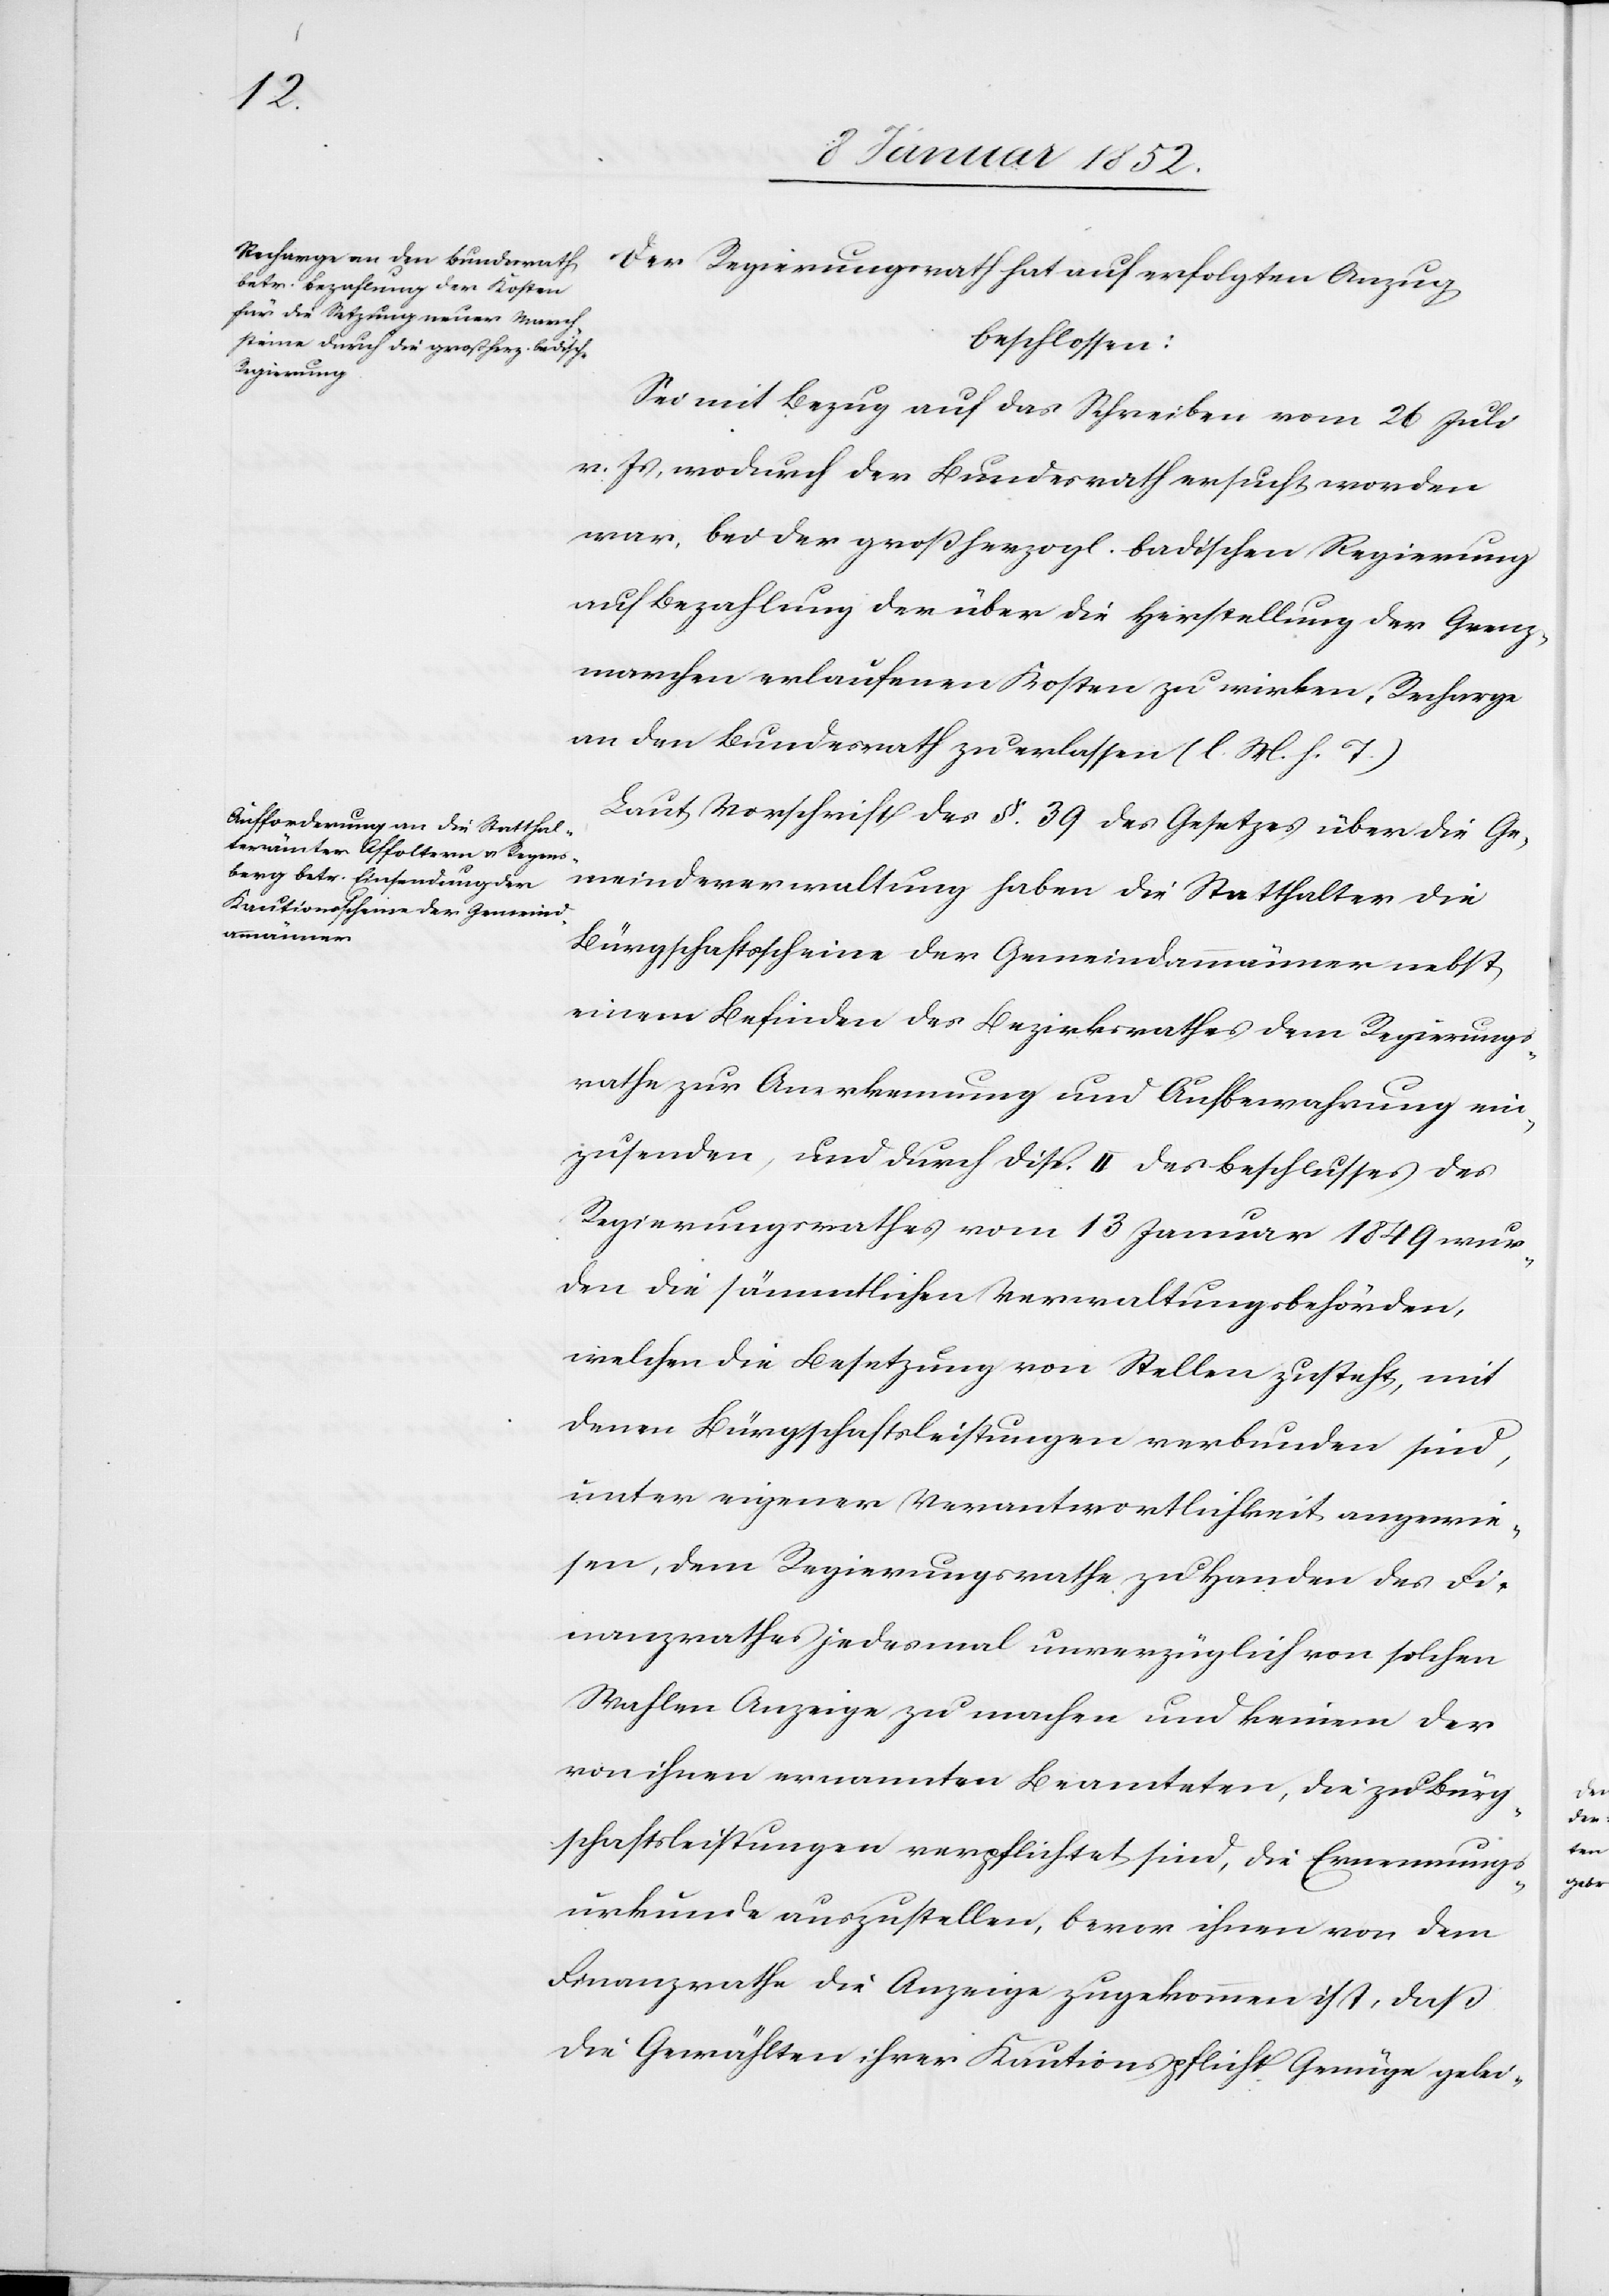
Der Regierungsrath hat auf erfolgten Anzug
beschlossen:
Sei mit Bezug auf das Schreiben vom 26 Juli
v. J, wodurch der Bundesrath ersucht worden
war, bei der großherzogl. badischen Regierung
auf Bezahlung der über die Herstellung der Grenz¬
marchen erlaufenen Kosten zu wirken, Recharge
an den Bundesrath erlassen (l. M. h. T.).
Laut Vorschrift des §. 39 des Gesetzes über die Ge¬
meindeverwaltung haben die Statthalter die
Bürgschaftsscheine der Gemeindammänner nebst
einem Befinden des Bezirksrathes dem Regierungs¬
rathe zur Anerkennung und Aufbewahrung ein¬
zusenden, und durch Disp. II des Beschlusses des
Regierungsrathes vom 13 Januar 1849 wur¬
den die sämmtlichen Verwaltungsbehörden,
die Bürgschaftsleistungen verbunden sind,
unter eigener Verantwortlichkeit angewie¬
sen, dem Regierungsrathe zu Handen des Fi¬
nanzrathes jedesmal unverzüglich von solchen
Mahlen Anzeige zu machen und keinen der
von ihnen ernannten Beamteten, die zu Bürg¬
schaftsleistungen verpflichtet sind, die Ernennungs¬
urkunde auszustellen, bevor ihnen von dem
Finanzrathe die Anzeige zugekommen ist, daß
die Gewählten ihrer Kautionspflicht Genüge gelei-